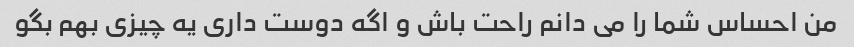
من احساس شما را می دانم راحت باش و اگه دوست داری یه چیزی بهم بگو